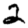
Digit: 2